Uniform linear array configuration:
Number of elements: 4
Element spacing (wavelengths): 0.75
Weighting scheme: uniform
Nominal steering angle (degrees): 0
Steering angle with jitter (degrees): -1.849
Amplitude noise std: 0.05
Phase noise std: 0.05

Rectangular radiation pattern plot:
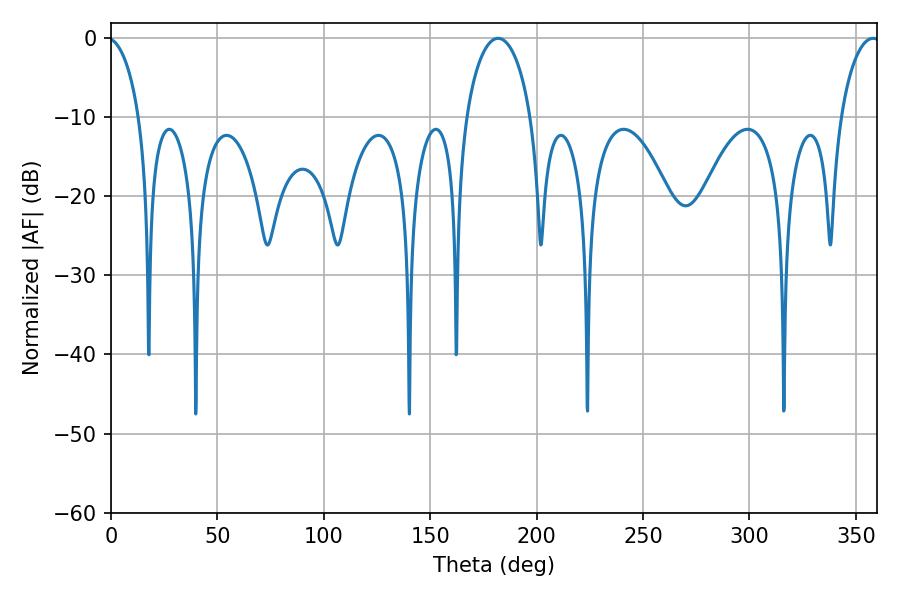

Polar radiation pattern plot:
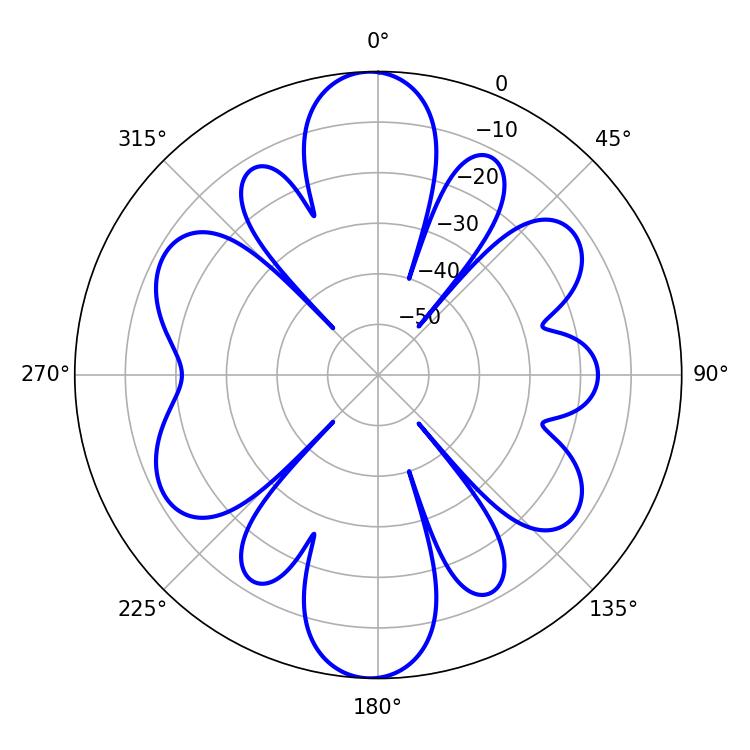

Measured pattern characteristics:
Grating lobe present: TRUE
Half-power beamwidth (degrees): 17.46
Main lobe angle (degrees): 181.98